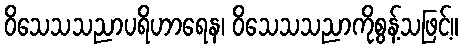
ဝိသေသသညာပရိဟာရေန၊ ဝိသေသသညာကိုစွန့်သဖြင့်။